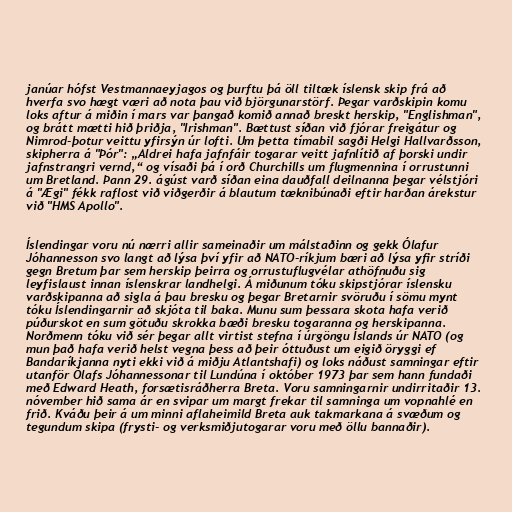
janúar hófst Vestmannaeyjagos og þurftu þá öll tiltæk íslensk skip frá að
hverfa svo hægt væri að nota þau við björgunarstörf. Þegar varðskipin komu
loks aftur á miðin í mars var þangað komið annað breskt herskip, "Englishman",
og brátt mætti hið þriðja, "Irishman". Bættust síðan við fjórar freigátur og
Nimrod-þotur veittu yfirsýn úr lofti. Um þetta tímabil sagði Helgi Hallvarðsson,
skipherra á "Þór": „Aldrei hafa jafnfáir togarar veitt jafnlítið af þorski undir
jafnstrangri vernd,“ og vísaði þá í orð Churchills um flugmennina í orrustunni
um Bretland. Þann 29. ágúst varð síðan eina dauðfall deilnanna þegar vélstjóri
á "Ægi" fékk raflost við viðgerðir á blautum tæknibúnaði eftir harðan árekstur
við "HMS Apollo".

Íslendingar voru nú nærri allir sameinaðir um málstaðinn og gekk Ólafur
Jóhannesson svo langt að lýsa því yfir að NATO-ríkjum bæri að lýsa yfir stríði
gegn Bretum þar sem herskip þeirra og orrustuflugvélar athöfnuðu sig
leyfislaust innan íslenskrar landhelgi. Á miðunum tóku skipstjórar íslensku
varðskipanna að sigla á þau bresku og þegar Bretarnir svöruðu í sömu mynt
tóku Íslendingarnir að skjóta til baka. Munu sum þessara skota hafa verið
púðurskot en sum götuðu skrokka bæði bresku togaranna og herskipanna.
Norðmenn tóku við sér þegar allt virtist stefna í úrgöngu Íslands úr NATO (og
mun það hafa verið helst vegna þess að þeir óttuðust um eigið öryggi ef
Bandaríkjanna nyti ekki við á miðju Atlantshafi) og loks náðust samningar eftir
utanför Ólafs Jóhannessonar til Lundúna í október 1973 þar sem hann fundaði
með Edward Heath, forsætisráðherra Breta. Voru samningarnir undirritaðir 13.
nóvember hið sama ár en svipar um margt frekar til samninga um vopnahlé en
frið. Kváðu þeir á um minni aflaheimild Breta auk takmarkana á svæðum og
tegundum skipa (frysti- og verksmiðjutogarar voru með öllu bannaðir).